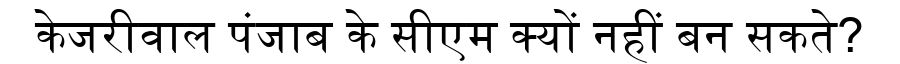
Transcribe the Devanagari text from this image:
केजरीवाल पंजाब के सीएम क्यों नहीं बन सकते?